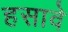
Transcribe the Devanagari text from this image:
हसावे